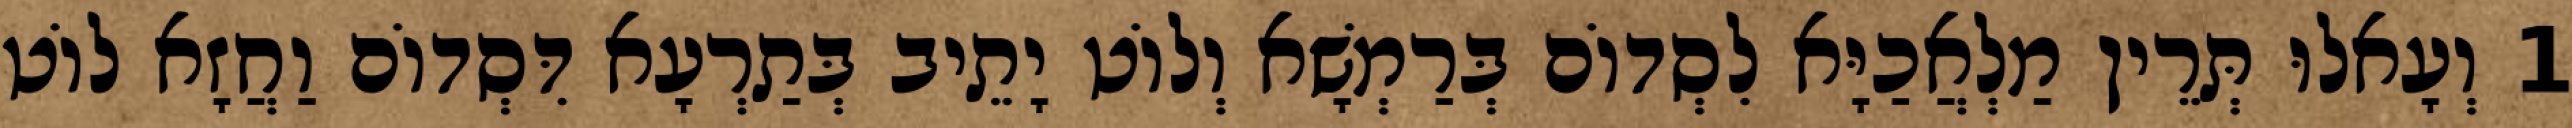
1 וְעָאלוּ תְּרֵין מַלְאֲכַיָּא לִסְדוֹם בְּרַמְשָׁא וְלוֹט יָתֵיב בְּתַרְעָא דִּסְדוֹם וַחֲזָא לוֹט